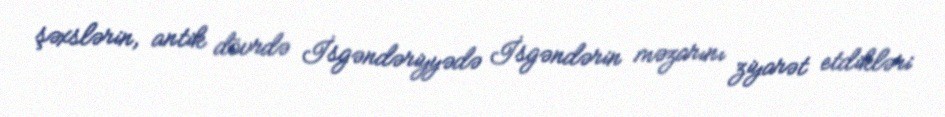
şəxslərin, antik dövrdə İsgəndəriyyədə İsgəndərin məzarını ziyarət etdikləri